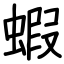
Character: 蝦